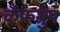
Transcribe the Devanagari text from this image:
कँफग्रुप